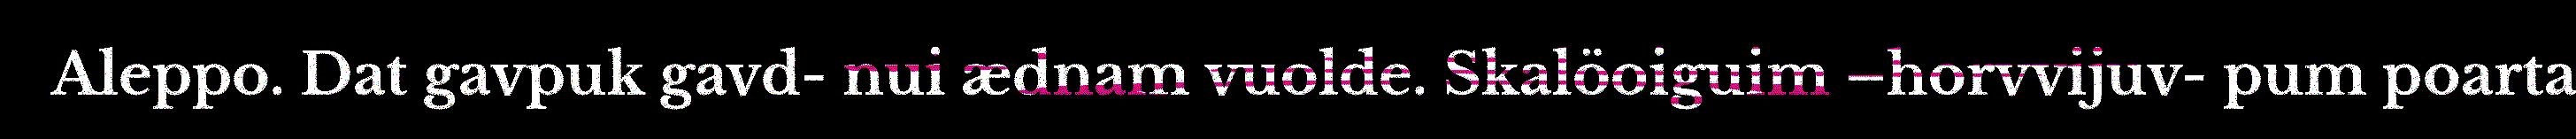
Aleppo. Dat gavpuk gavd- nui ædnam vuolde. Skalöoiguim –horvvijuv- pum poarta